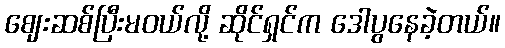
ဈေးဆစ်ပြီးမဝယ်လို့ ဆိုင်ရှင်က ဒေါပွနေခဲ့တယ်။